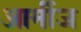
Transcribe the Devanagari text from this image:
आर्मीज